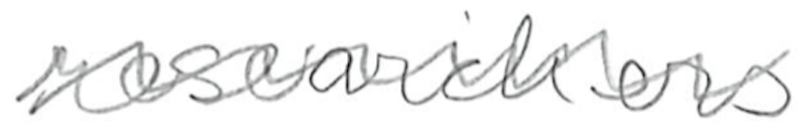
Text: researchers
Cross-out: wave
Writing tool: pencil